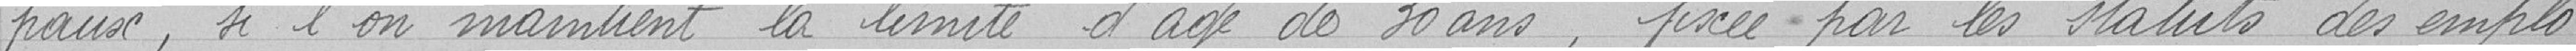
paux, si l'on maintient la limite d'age de 30 ans, fixée par les statuts des emplo-